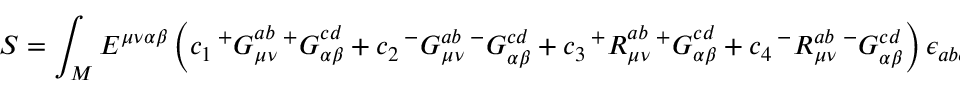
S = \int _ { M } E ^ { \mu \nu \alpha \beta } \left( c _ { 1 } \, { ^ + G } _ { \mu \nu } ^ { a b } \, { ^ + G } _ { \alpha \beta } ^ { c d } + c _ { 2 } \, { ^ - G } _ { \mu \nu } ^ { a b } \, { ^ - G } _ { \alpha \beta } ^ { c d } + c _ { 3 } \, { ^ + { \cal R } } _ { \mu \nu } ^ { a b } \, { ^ + G } _ { \alpha \beta } ^ { c d } + c _ { 4 } \, { ^ - { \cal R } } _ { \mu \nu } ^ { a b } \, { ^ - G } _ { \alpha \beta } ^ { c d } \right) \epsilon _ { a b c d }